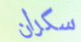
سكران